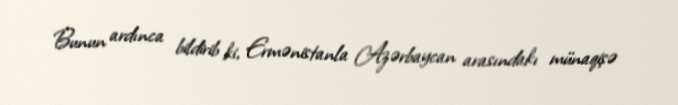
Bunun ardınca bildirib ki, Ermənistanla Azərbaycan arasındakı münaqişə